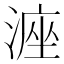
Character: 𪶶